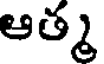
ఆత్మ